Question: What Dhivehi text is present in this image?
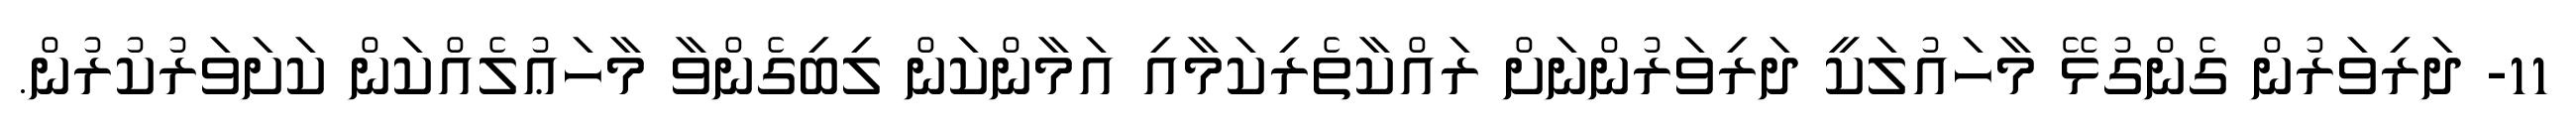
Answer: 11- ދަރިވަރުން ގެންގުޅޭ މާހައުލަކީ ދަރިވަރުންނަށް ރައްކާތެރިކަމާއި އަމާންކަން ލިބިގެންވާ މާހަޢުލެއްކަން ކަށަވަރުކުރުން.